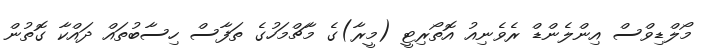
މޯލްޑިވްސް އިންލެންޑް ރެވެނިއު އޮތޯރިޓީ (މީރާ)ގެ މާޗްމަހުގެ ތަފާސް ހިސާބުތައް ދައްކާ ގޮތުން